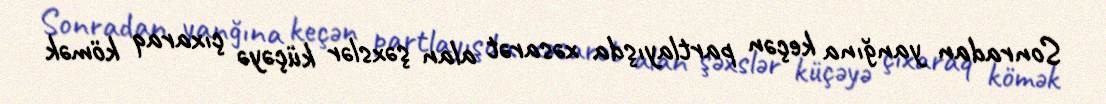
Sonradan yanğına keçən partlayışda xəsarət alan şəxslər küçəyə çıxaraq kömək